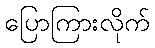
ပြောကြားလိုက်